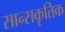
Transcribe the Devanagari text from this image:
सान्सकृतिक